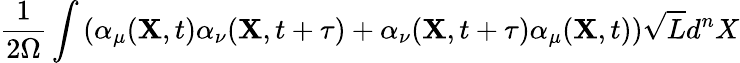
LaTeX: \frac{1}{2\Omega}\int\left(\alpha_{\mu}({\mathbf X},t)\alpha_{\nu}({\mathbf X},t+\tau)+\alpha_{\nu}({\mathbf X},t+\tau)\alpha_{\mu}({\mathbf X},t)\right)\sqrt{L}d^{n}X